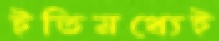
ইতিমধ্যেই